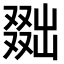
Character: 𠭴